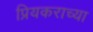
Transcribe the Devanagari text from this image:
प्रियकराच्या